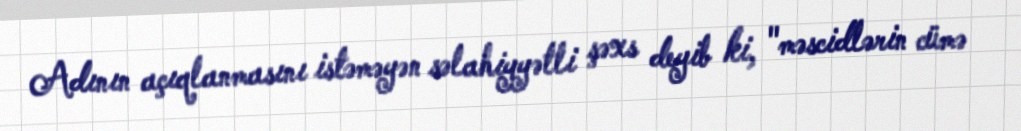
Adının açıqlanmasını istəməyən səlahiyyətli şəxs deyib ki, "məscidlərin cümə